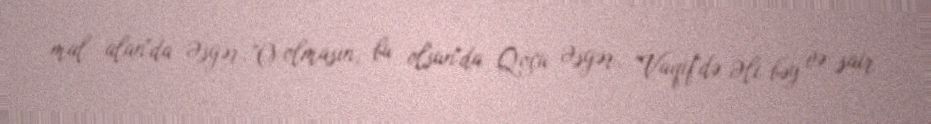
mal alan"da Əsgər, "O olmasın, bu olsun"da Qoçu Əsgər, "Vaqif"də Əli bəy və sair